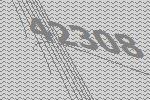
42308